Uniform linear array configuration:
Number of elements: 4
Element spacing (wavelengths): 0.25
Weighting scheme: hamming
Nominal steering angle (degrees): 30
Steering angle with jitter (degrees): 28.729
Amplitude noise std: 0.05
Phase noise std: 0.05

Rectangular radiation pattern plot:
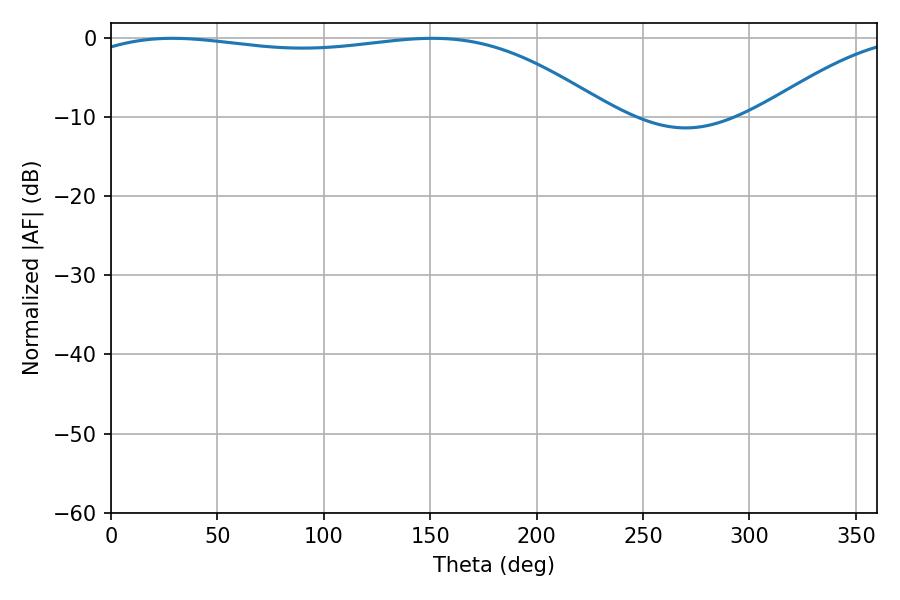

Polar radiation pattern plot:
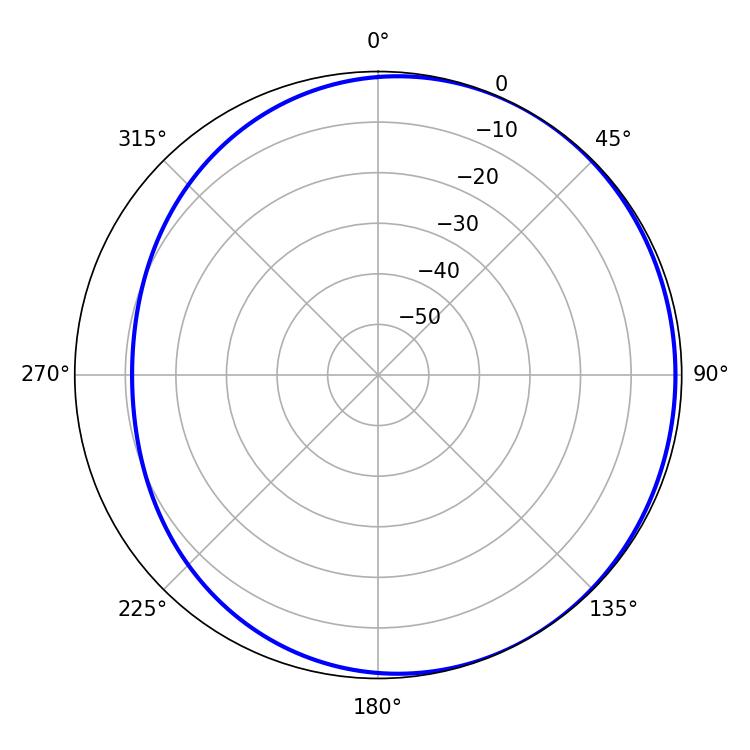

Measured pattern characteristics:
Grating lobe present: FALSE
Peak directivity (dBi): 1.673
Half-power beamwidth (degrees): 198.36
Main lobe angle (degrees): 28.98